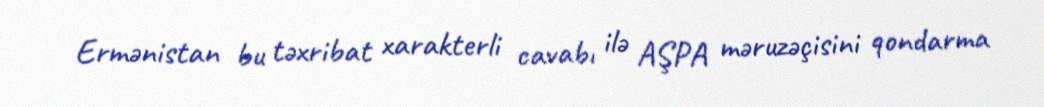
Ermənistan bu təxribat xarakterli cavabı ilə AŞPA məruzəçisini qondarma